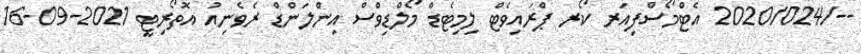
--/2020/024 އެޓްމޯސްފިއަރ ކޯރ ޕްރައިވެޓް ލިމިޓެޑް މޯލްޑިވްސް އިންލަންޑް ރެވެނިއު އޮތޯރިޓީ 2021-09-16